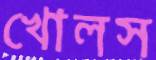
খোলস